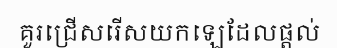
គួរជ្រើសរើសយកឡេដែលផ្តល់